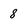
Character: 8